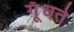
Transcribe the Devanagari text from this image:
गूँधते